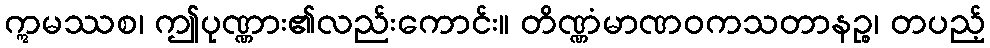
ဣမဿစ၊ ဤပုဏ္ဏား၏လည်းကောင်း။ တိဏ္ဏံမာဏဝကသတာနဉ္စ၊ တပည့်